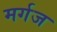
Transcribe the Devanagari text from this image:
मर्गज